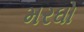
મરઘો